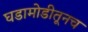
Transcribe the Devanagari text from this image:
घडामोडीतूनच